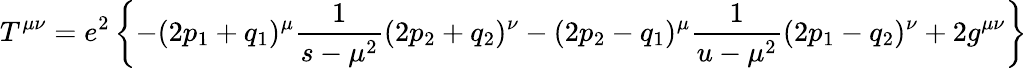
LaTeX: T^{\mu\nu}=e^{2}\left\{ -(2p_{1}+q_{1})^{\mu}\frac{1}{s-\mu^{2}}(2p_{2}+q_{2})^{\nu}-(2p_{2}-q_{1})^{\mu}\frac{1}{u-\mu^{2}}(2p_{1}-q_{2})^{\nu}+2g^{\mu\nu}\right\}